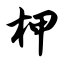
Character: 柙